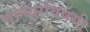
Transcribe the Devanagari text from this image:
याच्याविषयी